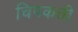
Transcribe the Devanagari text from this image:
चिपकती